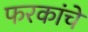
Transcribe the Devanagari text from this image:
फरकांचे